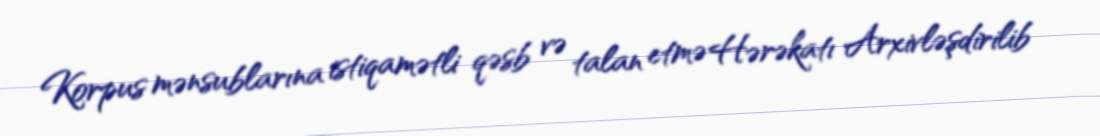
Korpus mənsublarına istiqamətli qəsb və talan etmə Hərəkatı Arxivləşdirilib